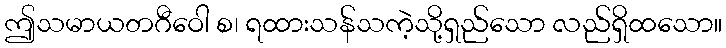
ဤသမာယတဂီဝေါ စ၊ ရထားသန်သကဲ့သို့ရှည်သော လည်ရှိထသော။